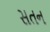
સતન